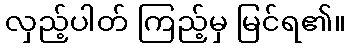
လှည့်ပါတ် ကြည့်မှ မြင်ရ၏။